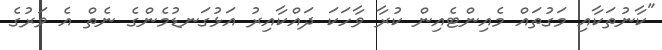
"ކާނުތަކާއި މަގުތައް މެއިންޓެއިން ކުރާ ވާހަކަ ދައްކާއިރު އަޅުގަނޑުމެންގެ ނެތް އެ ވަރުގެ